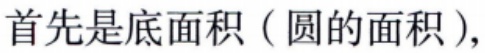
首先是底面积（圆的面积）,